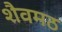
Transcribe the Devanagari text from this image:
शैवमठ